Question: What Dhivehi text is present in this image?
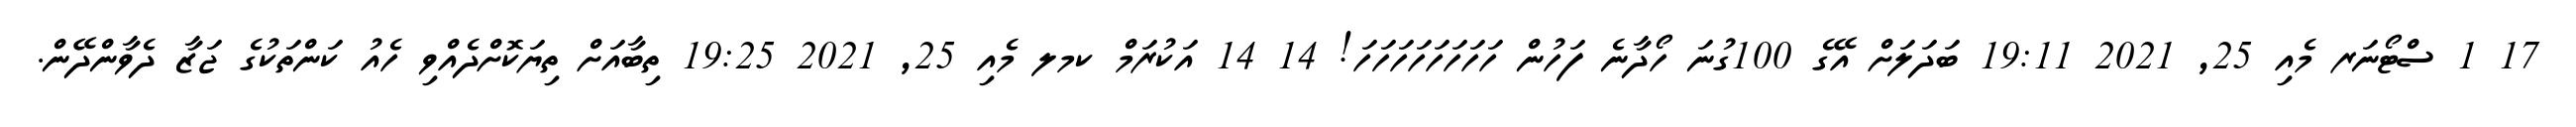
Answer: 17 1 ސްޓޯނަރ މެއި 25, 2021 19:11 ބަދަލަށް އޭގެ 100ގުނަ ހޯދާނެ ފަހުން ހަހަހަހަހަހަހަހަ! 14 14 އަކުރަމް ކމލ މެއި 25, 2021 19:25 ތިބާއަށް ތިޔަކޮށްދެއްވި ހެއު ކަންތަކުގެ ޖަޒާ ދެވާންދޭން.